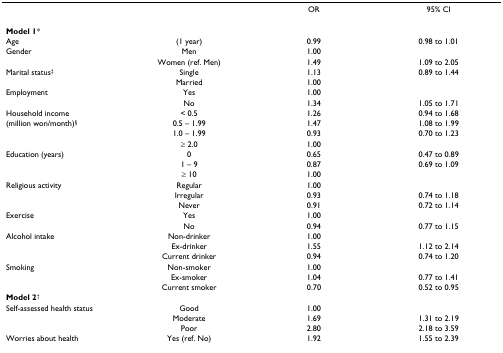
<table><thead><tr><td></td><td></td><td><b>OR</b></td><td><b>95% CI</b></td></tr></thead><tbody><tr><td><b>Model 1</b>*</td><td></td><td></td><td></td></tr><tr><td>Age</td><td>(1 year)</td><td>0.99</td><td>0.98 to 1.01</td></tr><tr><td>Gender</td><td>Men</td><td>1.00</td><td></td></tr><tr><td></td><td>Women (ref. Men)</td><td>1.49</td><td>1.09 to 2.05</td></tr><tr><td>Marital status<sup>‡</sup></td><td>Single</td><td>1.13</td><td>0.89 to 1.44</td></tr><tr><td></td><td>Married</td><td>1.00</td><td></td></tr><tr><td>Employment</td><td>Yes</td><td>1.00</td><td></td></tr><tr><td></td><td>No</td><td>1.34</td><td>1.05 to 1.71</td></tr><tr><td>Household income</td><td>&lt; 0.5</td><td>1.26</td><td>0.94 to 1.68</td></tr><tr><td>(million won/month)<sup>§</sup></td><td>0.5 – 1.99</td><td>1.47</td><td>1.08 to 1.99</td></tr><tr><td></td><td>1.0 – 1.99</td><td>0.93</td><td>0.70 to 1.23</td></tr><tr><td></td><td>≥ 2.0</td><td>1.00</td><td></td></tr><tr><td>Education (years)</td><td>0</td><td>0.65</td><td>0.47 to 0.89</td></tr><tr><td></td><td>1 – 9</td><td>0.87</td><td>0.69 to 1.09</td></tr><tr><td></td><td>≥ 10</td><td>1.00</td><td></td></tr><tr><td>Religious activity</td><td>Regular</td><td>1.00</td><td></td></tr><tr><td></td><td>Irregular</td><td>0.93</td><td>0.74 to 1.18</td></tr><tr><td></td><td>Never</td><td>0.91</td><td>0.72 to 1.14</td></tr><tr><td>Exercise</td><td>Yes</td><td>1.00</td><td></td></tr><tr><td></td><td>No</td><td>0.94</td><td>0.77 to 1.15</td></tr><tr><td>Alcohol intake</td><td>Non-drinker</td><td>1.00</td><td></td></tr><tr><td></td><td>Ex-drinker</td><td>1.55</td><td>1.12 to 2.14</td></tr><tr><td></td><td>Current drinker</td><td>0.94</td><td>0.74 to 1.20</td></tr><tr><td>Smoking</td><td>Non-smoker</td><td>1.00</td><td></td></tr><tr><td></td><td>Ex-smoker</td><td>1.04</td><td>0.77 to 1.41</td></tr><tr><td></td><td>Current smoker</td><td>0.70</td><td>0.52 to 0.95</td></tr><tr><td><b>Model 2</b><sup>†</sup></td><td></td><td></td><td></td></tr><tr><td>Self-assessed health status</td><td>Good</td><td>1.00</td><td></td></tr><tr><td></td><td>Moderate</td><td>1.69</td><td>1.31 to 2.19</td></tr><tr><td></td><td>Poor</td><td>2.80</td><td>2.18 to 3.59</td></tr><tr><td>Worries about health</td><td>Yes (ref. No)</td><td>1.92</td><td>1.55 to 2.39</td></tr></tbody></table>